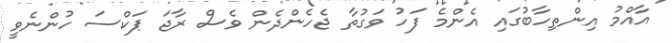
އާއްމު އިންތިހާބުގައި އެންމެ ފަހު ވަގުތާ ޖެހެންދެން ވެސް ރާޖަ ޕަކްސަ ހުންނެވީ